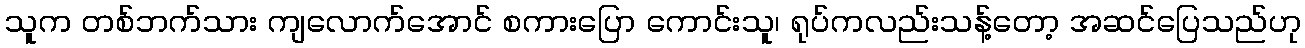
သူက တစ်ဘက်သား ကျလောက်အောင် စကားပြော ကောင်းသူ၊ ရုပ်ကလည်းသန့်တော့ အဆင်ပြေသည်ဟု